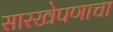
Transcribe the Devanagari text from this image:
सारखेपणाचा